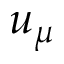
u _ { \mu }